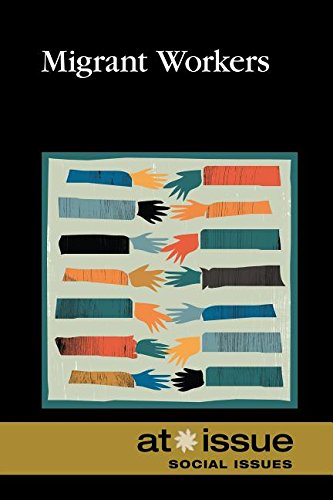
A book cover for Migrant Workers (At Issue); Roman Espejo; Teen & Young Adult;